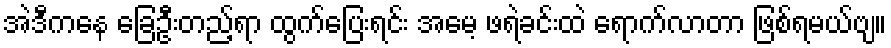
အဲဒီကနေ ခြေဦးတည့်ရာ ထွက်ပြေးရင်း အမေ့ ဖရဲခင်းထဲ ရောက်လာတာ ဖြစ်ရမယ်ဗျ။